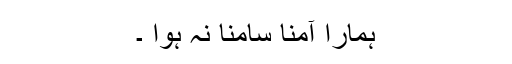
ہمارا آمنا سامنا نہ ہوا ۔